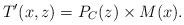
LaTeX: \begin{align*}T'(x,z)=P_C(z)\times M(x).\end{align*}